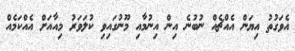
އެވަގުތު އިޔަން އެއްޗެއް ނުބުނެ އިން އިނުމާއި މޫނުގައިވި ކުލަވަރު މިއާއަށް އެއްކަމެއް